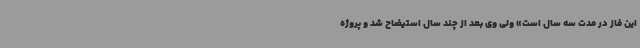
این فاز در مدت سه سال است» ولی وی بعد از چند سال استیضاح شد و پروژه